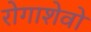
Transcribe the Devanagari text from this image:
रोगाशेवो